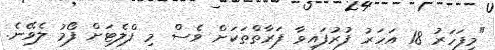
"މިފަހަރު 18 އަހަރު ފުރުފައިވާ ފަރާތްތަކަށް ވެސް މި ފްލެޓަށް ފޯމު ލެވޭނެ.